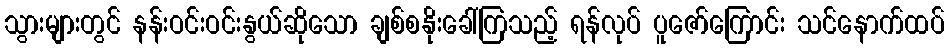
သွားများတွင် နန်းဝင်းဝင်းနွယ်ဆိုသော ချစ်စနိုးခေါ်ကြသည့် ရန်လုပ် ပူဇော်ကြောင်း သင်နောက်ထပ်